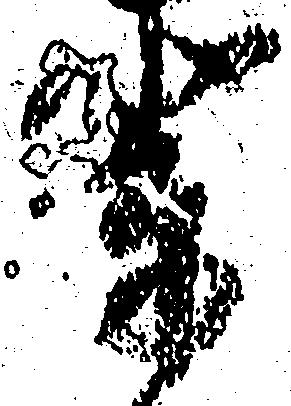
輩